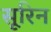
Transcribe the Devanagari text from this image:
सूरिन